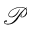
\mathcal { P }